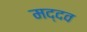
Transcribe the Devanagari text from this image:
मद्दव